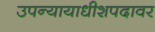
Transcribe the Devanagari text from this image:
उपन्यायाधीशपदावर